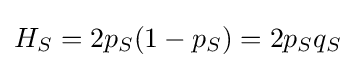
H_{S}=2p_{S}(1-p_{S})=2p_{S}q_{S}